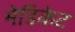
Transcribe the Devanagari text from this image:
मेडिकेट